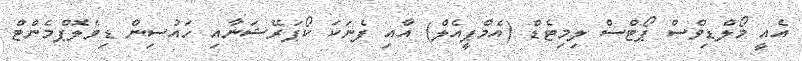
އެއީ މޯލްޑިވްސް ޕޯޓްސް ލިމިޓެޑް (އެމްޕީއެލް) އާއި ފެނަކަ ކޯޕަރޭޝަނާއި ހައުސިން ޑިވެލޮޕްމެންޓް